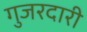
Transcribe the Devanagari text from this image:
गुजरदारी